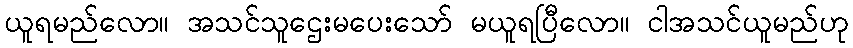
ယူရမည်လော။ အသင်သူဌေးမပေးသော် မယူရပြီလော။ ငါအသင်ယူမည်ဟု